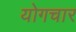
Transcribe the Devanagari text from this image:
योगचार